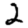
Digit: 2